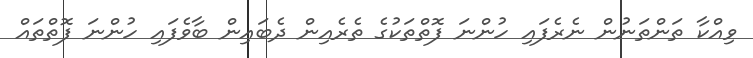
ވިއްކާ ތަންތަނުން ނެރެފައި ހުންނަ ފޮތްތަކުގެ ތެރެއިން ދެބައިން ބާވެފައި ހުންނަ ފޮތްތައް